Lunatic asylums in Bengal annual reports 1888-1898 - 1888-1898
Year: 1888
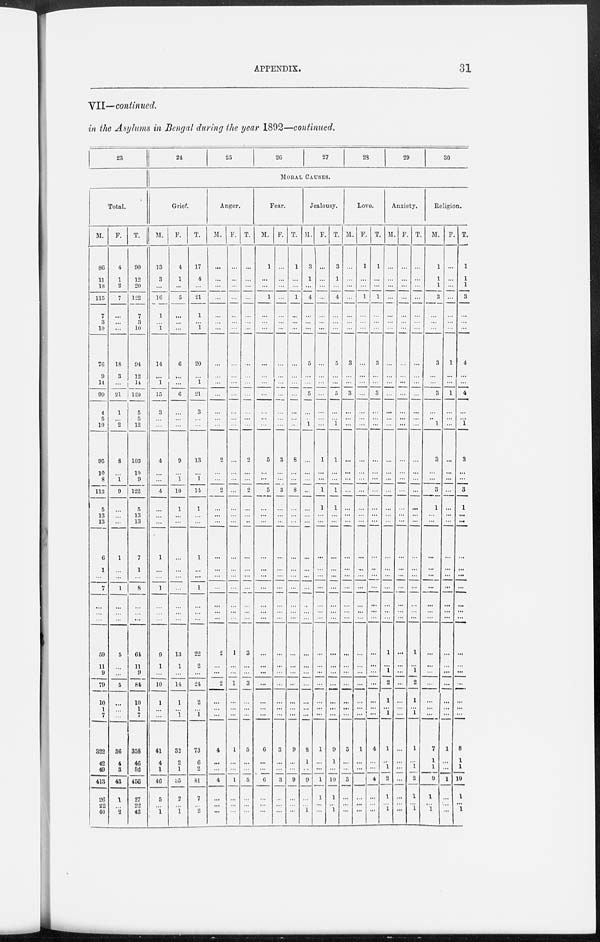
APPENDIX.
31
VII—continued.
in the Asylums in Bengal during the year 1892—continued.
23
Total.
M.
86
11
18
115
7
3
10
76
9
14
99
4
5
10
95
10
8
113
5
13
13
6
1
...
7
...
...
...
59
11
9
79
10
1
7
322
42
49
413
26
22
40
F.
4
1
2
7
...
...
...
18
3
...
21
1
...
2
8
...
1
9
...
...
...
1
...
...
1
...
...
...
5
...
...
5
...
...
...
36
4
3
43
1
...
2
T.
90
12
20
122
7
3
10
94
12
14
120
5
5
12
103
10
9
122
5
13
13
7
1
...
8
...
...
...
64
11
9
84
10
1
7
358
46
52
456
27
22
42
24
25
26
27
28
29
30
MORAL CAUSES.
Grief.
M.
13
3
...
16
1
...
1
14
...
1
15
3
...
...
4
...
...
4
...
...
...
1
...
...
1
...
...
...
9
1
...
10
1
...
...
41
4
1
46
5
...
1
F.
4
1
...
5
...
...
...
6
...
...
6
...
...
...
9
...
1
10
1
...
...
...
...
...
...
...
...
...
13
1
...
14
1
...
1
32
2
1
35
2
...
1
T.
17
4
...
21
1
...
1
20
...
1
21
3
...
...
13
...
1
14
1
...
...
1
...
...
1
...
...
...
22
2
...
24
2
...
1
73
6
2
81
7
...
2
Anger.
M.
...
...
...
...
...
...
...
...
...
...
...
...
...
...
2
...
...
2
...
...
...
...
...
...
...
...
...
...
2
...
...
2
...
...
...
4
...
...
4
...
...
...
F.
...
...
...
...
...
...
...
...
...
...
...
...
...
...
...
...
...
...
...
...
...
...
...
...
...
...
...
...
1
...
...
1
...
...
...
1
...
...
1
...
...
...
T.
...
...
...
...
...
...
...
...
...
...
...
...
...
...
2
...
...
2
...
...
...
...
...
...
...
...
...
...
3
...
...
3
...
...
...
5
...
...
5
...
...
...
Fear.
M.
1
...
...
1
...
...
...
...
...
...
...
...
...
...
5
...
...
5
...
...
...
...
...
...
...
...
...
...
...
...
...
...
...
...
...
6
...
...
6
...
...
...
F.
...
...
...
...
...
...
...
...
...
...
...
...
...
...
3
...
...
3
...
...
...
...
...
...
...
...
...
...
...
...
...
...
...
...
...
3
...
...
3
...
...
...
T.
1
...
...
1
...
...
...
...
...
...
...
...
...
...
8
...
...
8
...
...
...
...
...
...
...
...
...
...
...
...
...
...
...
...
...
9
...
...
9
...
...
...
Jealousy.
M.
3
1
...
4
...
...
...
5
...
...
5
...
...
1
...
...
...
...
...
...
...
...
...
...
...
...
...
...
...
...
...
...
...
...
...
8
1
...
9
...
...
1
F.
...
...
...
...
...
...
...
...
...
...
...
...
...
...
1
...
...
1
1
...
...
...
...
...
...
...
...
...
...
...
...
...
...
...
...
1
...
...
1
1
...
...
T.
3
1
...
4
...
...
...
5
...
...
5
...
...
1
1
...
...
1
1
...
...
...
...
...
...
...
...
...
...
...
...
...
...
...
...
9
1
...
10
1
...
1
Love.
M.
...
...
...
...
...
...
...
3
...
...
3
...
...
...
...
...
...
...
...
...
...
...
...
...
...
...
...
...
...
...
...
...
...
...
...
3
...
...
3
...
...
...
F.
1
...
...
1
...
...
...
...
...
...
...
...
...
...
...
...
...
...
...
...
...
...
...
...
...
...
...
...
...
...
...
...
...
...
...
1
...
...
1
...
...
...
T.
1
...
...
1
...
...
...
3
...
...
3
...
...
...
...
...
...
...
...
...
...
...
...
...
...
...
...
...
...
...
...
...
...
...
...
4
...
...
4
...
...
...
Anxiety.
M.
...
...
...
...
...
...
...
...
...
...
...
...
...
...
...
...
...
...
...
...
...
...
...
...
...
...
...
...
1
...
1
2
1
...
1
1
...
1
2
1
...
1
F
...
...
...
...
...
...
...
...
...
...
...
...
...
...
...
...
...
...
...
...
...
...
...
...
...
...
...
...
...
...
...
...
...
...
...
...
...
...
...
...
...
...
T.
...
...
...
...
...
...
...
...
...
...
...
...
...
...
...
...
...
...
...
...
...
...
...
...
...
...
...
...
1
...
1
2
1
...
1
1
...
1
2
1
...
1
Religion.
M.
1
1
1
3
...
...
...
3
...
...
3
...
...
1
3
...
...
3
1
...
...
...
...
...
...
...
...
...
...
...
...
...
...
...
...
7
1
1
9
1
...
1
F.
...
...
...
...
...
...
...
1
...
...
1
...
...
...
...
...
...
...
...
...
...
...
...
...
...
...
...
...
...
...
...
...
...
...
...
1
...
...
1
...
...
...
T.
1
1
1
3
...
...
...
4
...
...
4
...
...
1
3
...
...
3
1
...
...
...
...
...
...
...
...
...
...
...
...
...
...
...
...
8
1
1
10
1
...
1